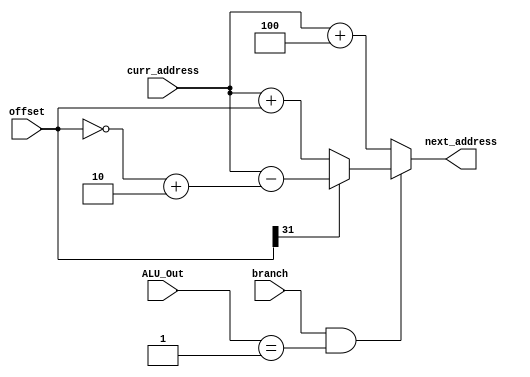
`timescale 1ns / 1ps
//////////////////////////////////////////////////////////////////////////////////
// Company: 
// Engineer: 
// 
// Design Name: 
// Module Name: PC_Adder
// Project Name: 
// Target Devices: 
// Tool Versions: 
// Description: 
// 
// Dependencies: 
// 
// Revision:
// Revision 0.01 - File Created
// Additional Comments:
// 
//////////////////////////////////////////////////////////////////////////////////


module PC_Adder(
    input [31:0] curr_address, offset, ALU_Out,
    input branch,
   
    output [31:0] next_address
    );
    wire [31:0] two_comp_offset = (~offset) + 2;
    
    //               branch flag high & condition satisfies & offset is positive then add current address + offset else subtract current address - offset 
    assign next_address = ( branch & ALU_Out == 32'd1) ? ( (offset[31] != 1'b1) ? ( curr_address + offset ) : ( curr_address - two_comp_offset ) ) : curr_address + 32'd4 ;
    
endmodule